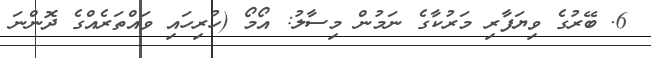
6. ބޭރުގެ ވިޔަފާރި މަރުކާގެ ނަމުން މިސާލު: އޯމޯ (ހުރިހައި ވައްތަރެއްގެ ދޮންނަ